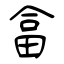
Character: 畣